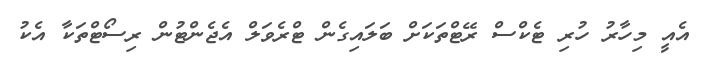
އެއީ މިހާރު ހުރި ޓެކްސް ރޭޓްތަކަށް ބަލައިގެން ޓްރެވަލް އެޖެންޓުން ރިސޯޓްތަކާ އެކު